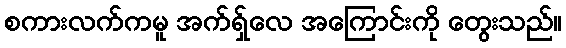
စကားလက်ကမူ အက်ရှ်လေ အကြောင်းကို တွေးသည်။